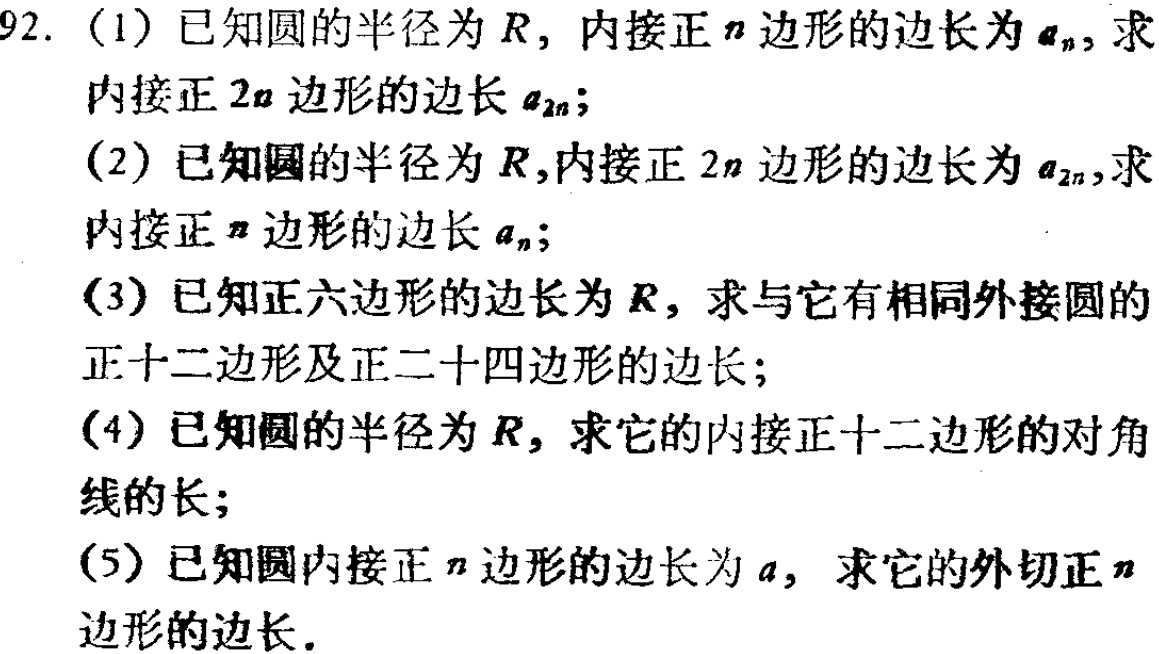
92. (1) 已知圆的半径为 \(R\)，内接正 \(n\) 边形的边长为 \(a_{n}\)，求
内接正 \(2n\) 边形的边长 \(a_{2n}\)；
(2) 已知圆的半径为 \(R\)，内接正 \(2n\) 边形的边长为 \(a_{2n}\)，求
内接正 \(n\) 边形的边长 \(a_{n}\)；
(3) 已知正六边形的边长为 \(R\)，求与它有相同外接圆的
正十二边形及正二十四边形的边长；
(4) 已知圆的半径为 \(R\)，求它的内接正十二边形的对角
线的长；
(5) 已知圆内接正 \(n\) 边形的边长为 \(a\)，求它的外切正 \(n\)
边形的边长.